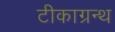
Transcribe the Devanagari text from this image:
टीकाग्रन्थ